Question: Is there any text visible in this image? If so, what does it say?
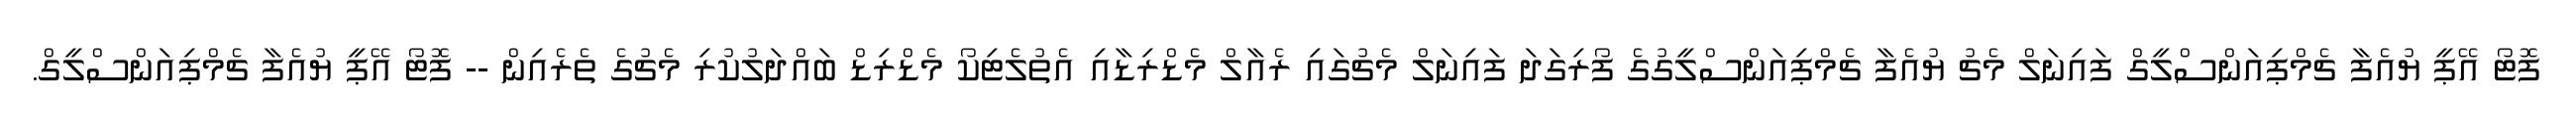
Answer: ފޮޓޯ އޭޕީ ޔުއެފާ ޗެމްޕިއަންސްލީގް ފައިނަލް މެޗު ޔުއެފާ ޗެމްޕިއަންސްލީގުގެ ފޯރިގަދަ ފައިނަލް މެޗުގައި ރެއާލް މެޑްރިޑާއި އެތުލެޓިކޯ މެޑްރިޑް ބައްދަލުކުރި މެޗުގެ ތެރެއިން -- ފޮޓޯ އޭޕީ ޔުއެފާ ޗެމްޕިއަންސްލީގް.